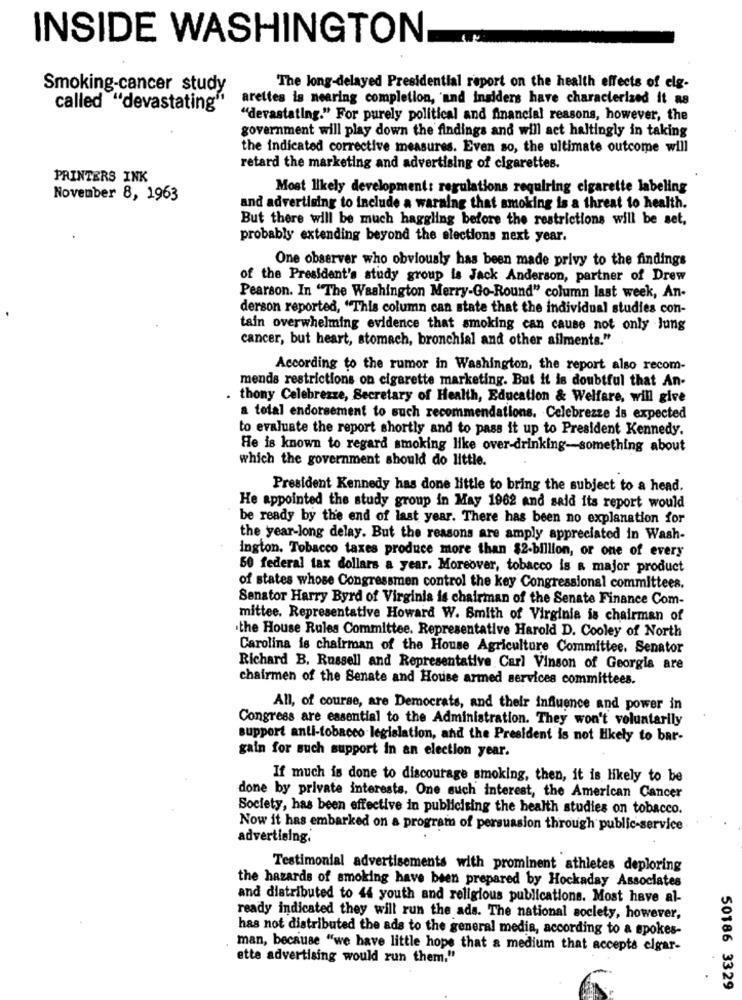
INSIDE WASHINGTON
Smoking-cancer study
The long-delayed Presidential report on the health effects of elg-
arettes is nearing completion, and insiders have characterized it as
called "devastating"
"devastating." For purely political and financial reasons, however, the
government will play down the findings and will act haltingly in taking
the indicated corrective measures. Even so, the ultimate outcome will
retard the marketing and advertising of cigarettes.
PRINTERS INK
Most likely development: regulations requiring cigarette labeling
November 8, 1963
and advertising to include a warning that smoking is a threat to health.
But there will be much haggling before the restrictions will be set,
probably extending beyond the elections next year.
One observer who obviously has been made privy to the findings
of the President's study group is Jack Anderson, partner of Drew
Pearson. In "The Washington Merry-Go-Round" column last week, An-
derson reported, "This column can state that the individual studies con-
tain overwhelming evidence that smoking can cause not only Jung
cancer, but heart, stomach, bronchial and other ailments."
According to the rumor in Washington, the report also recom-
mends restrictions on cigarette marketing. But it is doubtful that An-
thony Celebrezze, Secretary of Health, Education & Welfare, will give
a total endorsement to such recommendations. Celebrezze is expected
to evaluate the report shortly and to pass it up to President Kennedy.
He is known to regard smoking like over-drinking-something about
which the government should do little.
President Kennedy has done little to bring the subject to a head.
He appointed the study group in May 1962 and said its report would
be ready by the end of last year. There has been no explanation for
the year-long delay. But the reasons are amply appreciated in Wash-
ington. Tobacco taxes produce more than $2-billion, or one of every
50 federal tax dollars a year. Moreover, tobacco is a major product
of states whose Congressmen control the key Congressional committees.
Senator Harry Byrd of Virginia is chairman of the Senate Finance Com-
mittee. Representative Howard W. Smith of Virginia is chairman of
the House Rules Committee. Representative Harold D. Cooley of North
Carolina is chairman of the House Agriculture Committee. Senator
Richard B. Russell and Representative Carl Vinson of Georgia are
chairmen of the Senate and House armed services committees.
All, of course, are Democrats, and their influence and power in
Congress are essential to the Administration. They won't voluntarily
support anti-tobacco legislation, and the President is not likely to bar-
gain for such support in an election year.
If much is done to discourage smoking, then, it is likely to be
done by private interests. One such interest, the American Cancer
Society, has been effective in publicising the health studies on tobacco.
Now it has embarked on a program of persuasion through public-service
advertising.
Testimonial advertisements with prominent athletes deploring
the hazards of smoking have been prepared by Hockaday Associates
and distributed to 44 youth and religious publications. Most have al-
ready indicated they will run the ads. The national society, however,
has not distributed the ads to the general media, according to a spokes-
man, because "we have little hope that a medium that accepts elgar-
ette advertising would run them."
50186 3329